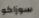
سوزاكو